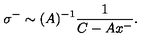
\sigma ^ { - } \sim ( A ) ^ { - 1 } \frac { 1 } { C - A x ^ { - } } .